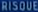
RISQUE